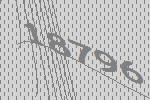
18796